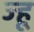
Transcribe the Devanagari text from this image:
ज्हू